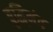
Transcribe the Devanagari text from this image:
बुद्धि्मंत